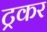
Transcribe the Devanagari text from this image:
ट्रकर